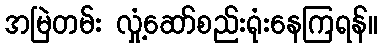
အမြဲတမ်း လှုံ့ဆော်စည်းရုံးနေကြရန်။